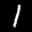
Label: 1